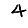
Digit: 4